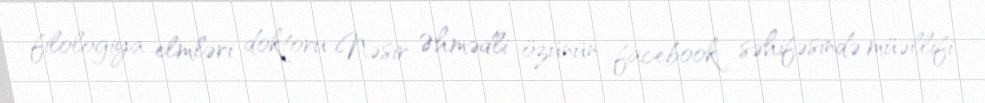
filologiya elmləri doktoru Nəsir Əhmədli özünün facebook səhifəsində müəllifi